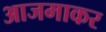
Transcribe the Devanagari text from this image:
आजमाकर